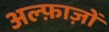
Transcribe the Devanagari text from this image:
अल्फ़ाज़ों